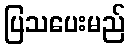
ပြသပေးမည်